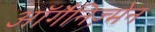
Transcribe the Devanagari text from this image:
ऑर्गैनिज़्मेन